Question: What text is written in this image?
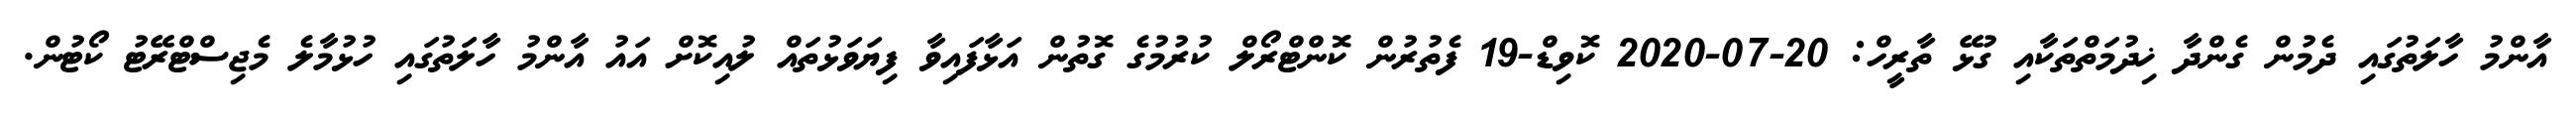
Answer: އާންމު ހާލަތުގައި ދެމުން ގެންދާ ޚިދުމަތްތަކާއި ގުޅޭ ތާރީހް: 20-07-2020 ކޮވިޑް-19 ފެތުރުން ކޮންޓްރޯލް ކުރުމުގެ ގޮތުން އަޅާފައިވާ ފިޔަވަޅުތައް ލުއިކޮށް އައު އާންމު ހާލަތުގައި ހުޅުމާލެ މެޖިސްޓްރޭޓު ކޯޓުން.